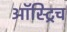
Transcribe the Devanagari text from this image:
ऑस्ट्रिच